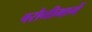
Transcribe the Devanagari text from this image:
बरौनीमार्गे